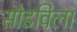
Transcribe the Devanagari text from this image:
सोडविला